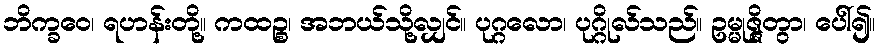
ဘိက္ခဝေ၊ ရဟန်းတို့။ ကထဉ္စ၊ အဘယ်သို့လျှင်။ ပုဂ္ဂလော၊ ပုဂ္ဂိုလ်သည်။ ဥမ္မုဇ္ဇိတွာ၊ ပေါ်၍။